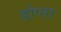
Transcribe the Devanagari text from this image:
होप्ता